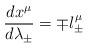
LaTeX: \begin{align*}{d{x^{\mu}}\over d\lambda_{\pm}}=\mp l^{\mu}_{\pm}\end{align*}